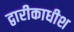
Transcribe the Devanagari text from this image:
द्वारीकाधीश